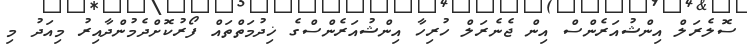
ސޮލެރަލް އިންޝުއަރެންސް އިން ޖެނެރަލް ހުރިހާ އިންޝުއަރެންސްގެ ޚިދުމަތްތައް ފޯރުކޮށްދެމުންދާއިރު މިއަދު މި